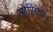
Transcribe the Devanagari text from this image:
ओसिंयां